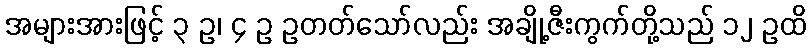
အများအားဖြင့် ၃ ဥ၊ ၄ ဥ ဥတတ်သော်လည်း အချို့ဇီးကွက်တို့သည် ၁၂ ဥထိ